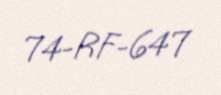
74-RF-647